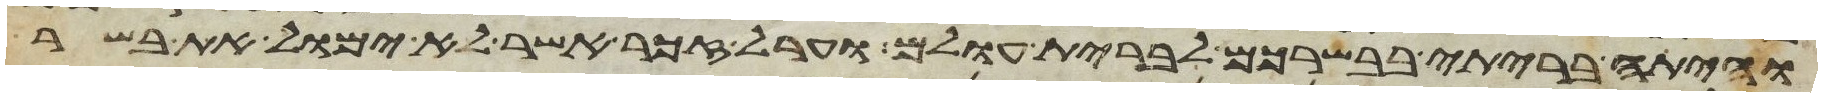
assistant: והיתה בריתי בבשרכם לברית עולם וערל זכר אשר לא ימול את בשר